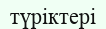
түріктері